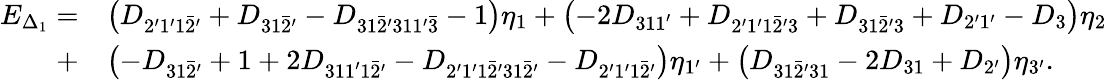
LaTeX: \begin{array}{rl}{E_{\Delta_{1}}=}&{\left({{D_{2^{\prime}1^{\prime}1\bar{2}^{\prime}}}+{D_{31\bar{2}^{\prime}}}-{D_{31\bar{2}^{\prime}31\mathrm{{1^{\prime}\bar{3}}}}}-{\mathrm{1}}}\right){\eta_{1}}+\left({-2{D_{311^{\prime}}}+{D_{2^{\prime}1^{\prime}1\bar{2}^{\prime}\mathrm{{3}}}}+{D_{31\bar{2}^{\prime}{\mathrm{3}}}}+{D_{2^{\prime}1^{\prime}}}-{D_{3}}}\right){\eta_{2}}}\\ {+}&{\left({-{D_{31\bar{2}^{\prime}}}+1+2{D_{311^{\prime}1\bar{2}^{\prime}}}-{D_{2^{\prime}1^{\prime}1\bar{2}^{\prime}\mathrm{{31}}\bar{2}^{\prime}}}-{D_{2^{\prime}1^{\prime}1\bar{2}^{\prime}}}}\right){\eta_{1^{\prime}}}+\left({{D_{31\bar{2}^{\prime}31}}-2{D_{31}}+{D_{2^{\prime}}}}\right){\eta_{3^{\prime}}}.}\end{array}